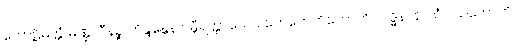
ကောဋိမတ္တံ မဏ္ဍလီနဉ္စ ဘိန္ဒန္တေန ဂမ္ဘီရတ္တာယေဝ ဟေဟေဟိဟောဟိ လဒ္ဓိနာနာသံဝါသကောတိ